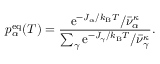
p _ { \alpha } ^ { \mathrm { e q } } ( T ) = \frac { \mathrm { e } ^ { - J _ { \alpha } / k _ { \mathrm { B } } T } / \bar { \nu } _ { \alpha } ^ { \kappa } } { \sum _ { \gamma } \mathrm { e } ^ { - J _ { \gamma } / k _ { \mathrm { B } } T } / \bar { \nu } _ { \gamma } ^ { \kappa } } .